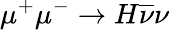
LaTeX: \mu^{+}\mu^{-}\to H\overline{{\nu}}\nu